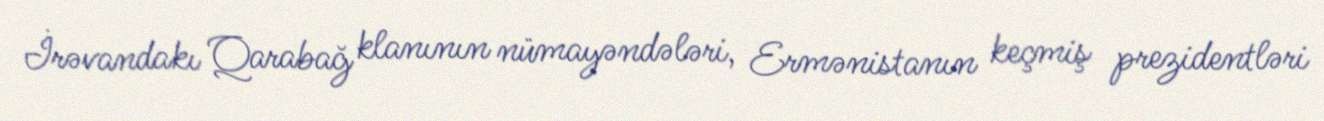
İrəvandakı Qarabağ klanının nümayəndələri, Ermənistanın keçmiş prezidentləri